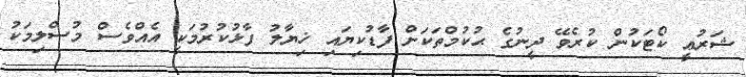
ޝަރުޢީ ކޯޓަކުން ކުރެވޭ ދީނުގެ ޙުކުމްތަކަށް ފާޑުކިޔައި ޚިޔާލު ފާޅުކުރުމަކީ އެއްވެސް މުސްލިމަކު